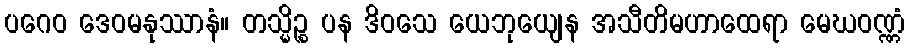
ပဂေဝ ဒေဝမနုဿာနံ။ တသ္မိဉ္စ ပန ဒိဝသေ ယေဘုယျေန အသီတိမဟာထေရာ မေဃဝဏ္ဏံ